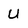
Character: U